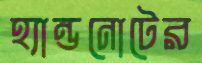
হ্যান্ডনোটের